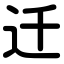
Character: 迁